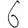
Digit: 6